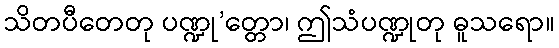
သိတပီတေတု ပဏ္ဍု’တ္တော၊ ဤသံပဏ္ဍုတု ဓူသရော။